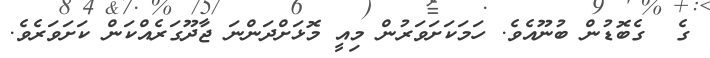
ގެ  ގެބޮޑުން ބުނޫއެވެ. ހަމަކަށަވަރުން މިއީ މޮޅަށްދަންނަ ޖާދޫގަރެއްކަން ކަށަވަރެވެ.